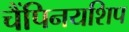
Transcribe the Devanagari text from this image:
चैंपिनयशिप